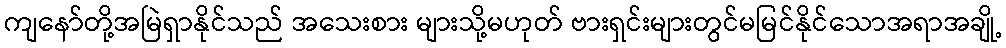
ကျနော်တို့အမြဲရှာနိုင်သည် အသေးစား များသို့မဟုတ် ဗားရှင်းများတွင်မမြင်နိုင်သောအရာအချို့